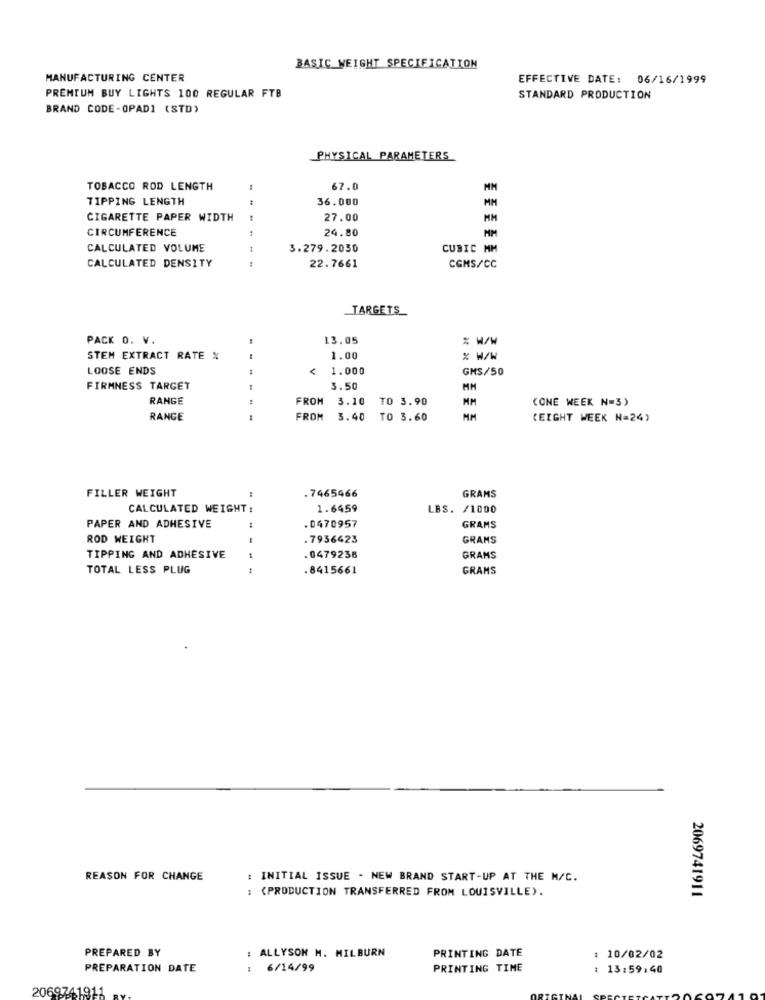
BASIC WEIGHT SPECIFICATION
MANUFACTURING CENTER
EFFECTIVE DATE: 06/16/1999
PREMIUM BUY LIGHTS 100 REGULAR FTB
STANDARD PRODUCTION
BRAND CODE-OPAD1 (STD)
PHYSICAL PARAMETERS
TOBACCO ROD LENGTH
67.0
TIPPING LENGTH
36.000
MM
CIGARETTE PAPER WIDTH
27.00
MM
CIRCUMFERENCE
24.80
MM
CALCULATED VOLUME
3.279.2050
CUBIC MM
CALCULATED DENSITY
t
22.7661
CGMS/CC
TARGETS
PACK O. V.
13.05
% W/W
STEM EXTRACT RATE %
1.00
% W/W
LOOSE ENDS
1.000
GHS/50
FIRMNESS TARGET
3.50
MM
RANGE
FROM
3.10 TO 3.90
MM
(ONE WEEK N=3)
RANGE
FROM
3.40 TO 3.60
(EIGHT WEEK N=24)
FILLER WEIGHT
.7465466
GRAMS
CALCULATED WEIGHT:
1.6459
LBS. /1000
.0470957
PAPER AND ADHESIVE
GRAMS
ROD WEIGHT
.7936423
GRAMS
TIPPING AND ADHESIVE
0479238
GRANS
TOTAL LESS PLUG
.8415661
GRAMS
REASON FOR CHANGE
: INITIAL ISSUE - NEW BRAND START-UP AT THE M/C.
: (PRODUCTION TRANSFERRED FROM LOUISVILLE).
2069741911
PRINTING DATE
PREPARED BY
: ALLYSON M. MILBURN
10/02/02
PREPARATION DATE
6/14/99
PRINTING TIME
13:59:40
2069741911